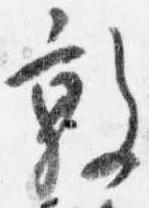
敦